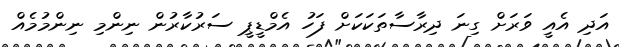
އަދި އެއީ ވަރަށް ގިނަ ދިރާސާތަކަކަށް ފަހު އެމްޑީޕީ ސަރުކާރުން ނިންމި ނިންމުމެއް